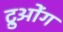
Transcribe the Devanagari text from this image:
ट्रुओंग